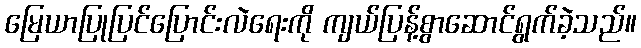
မြေယာပြုပြင်ပြောင်းလဲရေးကို ကျယ်ပြန့်စွာဆောင်ရွက်ခဲ့သည်။